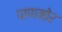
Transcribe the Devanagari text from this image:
पाणमोर